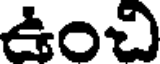
ఉంచి